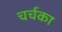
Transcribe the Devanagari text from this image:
चर्चका